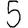
Digit: 5